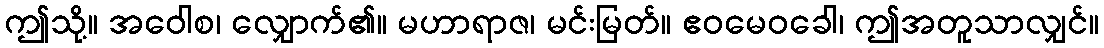
ဤသို့။ အဝေါစ၊ လျှောက်၏။ မဟာရာဇ၊ မင်းမြတ်။ ဧဝမေဝခေါ၊ ဤအတူသာလျှင်။